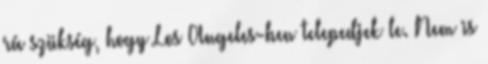
rá szükség, hogy Los Angeles-ben telepedjek le. Nem is